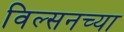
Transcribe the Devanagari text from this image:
विल्सनच्या